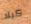
كيلا